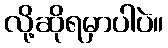
လို့ဆိုရမှာပါပဲ။